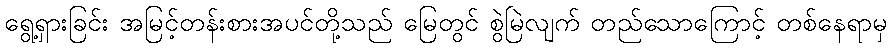
ရွေ့ရှားခြင်း အမြင့်တန်းစားအပင်တို့သည် မြေတွင် စွဲမြဲလျက် တည်သောကြောင့် တစ်နေရာမှ